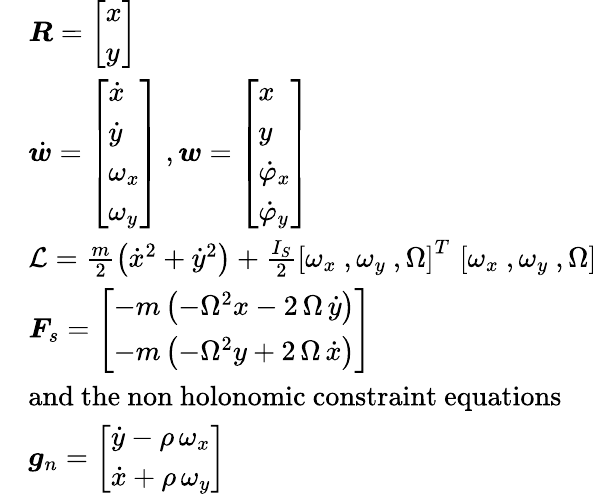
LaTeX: \begin{array}{rl}&{\boldsymbol{R}=\left[\begin{array}{l}{x}\\ {y}\end{array}\right]}\\ &{\dot{\boldsymbol{w}}=\left[\begin{array}{l}{\dot{x}}\\ {\dot{y}}\\ {\omega_{x}}\\ {\omega_{y}}\end{array}\right]~,{\boldsymbol{w}}=\left[\begin{array}{l}{{x}}\\ {{y}}\\ {\dot{\varphi}_{x}}\\ {\dot{\varphi}_{y}}\end{array}\right]}\\ &{\mathcal{L}=\frac{m}{2}\left(\dot{x}^{2}+\dot{y}^{2}\right)+\frac{I_{S}}{2}\left[\omega_{x}~,\omega_{y}~,\Omega\right]^{T}\, \left[\omega_{x}~,\omega_{y}~,\Omega\right]}\\ &{\boldsymbol F_{s}=\left[\begin{array}{l}{-m\left(-{\Omega}^{2}x-2\, \Omega\, {\dot{y}}\right)}\\ {-m\left(-{\Omega}^{2}y+2\, \Omega\, {\dot{x}}\right)}\end{array}\right]}\\ &{\mathrm{and~the~non~holonomic~constraint~equations~}}\\ &{\boldsymbol g_{n}=\left[\begin{array}{c}{{\dot{y}}-\rho\, \omega_{{x}}}\\ {{\dot{x}}+\rho\, \omega_{{y}}}\end{array}\right]}\end{array}